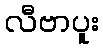
လီဗာပူး